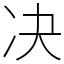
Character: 决